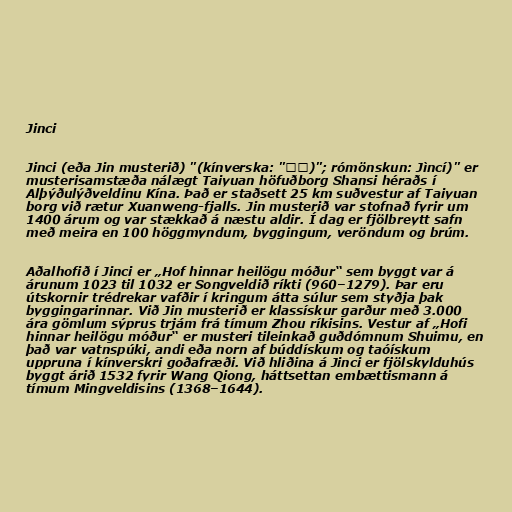
Jinci

Jinci (eða Jin musterið) "(kínverska: "晉祠)"; rómönskun: Jìncí)" er
musterisamstæða nálægt Taiyuan höfuðborg Shansi héraðs í
Alþýðulýðveldinu Kína. Það er staðsett 25 km suðvestur af Taiyuan
borg við rætur Xuanweng-fjalls. Jin musterið var stofnað fyrir um
1400 árum og var stækkað á næstu aldir. Í dag er fjölbreytt safn
með meira en 100 höggmyndum, byggingum, veröndum og brúm.

Aðalhofið í Jinci er „Hof hinnar heilögu móður“ sem byggt var á
árunum 1023 til 1032 er Songveldið ríkti (960–1279). Þar eru
útskornir trédrekar vafðir í kringum átta súlur sem styðja þak
byggingarinnar. Við Jin musterið er klassískur garður með 3.000
ára gömlum sýprus trjám frá tímum Zhou ríkisins. Vestur af „Hofi
hinnar heilögu móður“ er musteri tileinkað guðdómnum Shuimu, en
það var vatnspúki, andi eða norn af búddískum og taóískum
uppruna í kínverskri goðafræði. Við hliðina á Jinci er fjölskylduhús
byggt árið 1532 fyrir Wang Qiong, háttsettan embættismann á
tímum Mingveldisins (1368–1644).